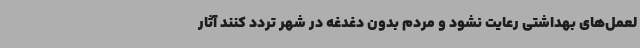
لعمل‌های بهداشتی رعایت نشود و مردم بدون دغدغه در شهر تردد کنند آثار